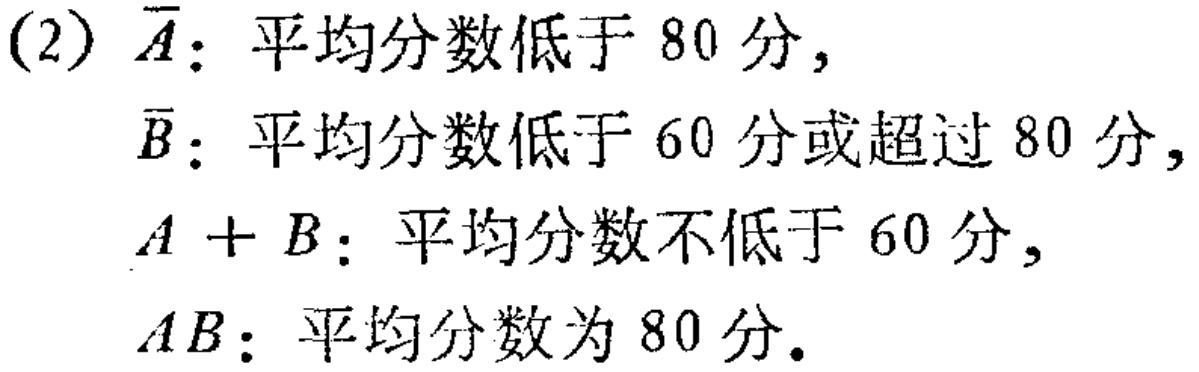
(2) $\overline{A}$：平均分数低于 80 分,

$\overline{B}$：平均分数低于 60 分或超过 80 分,

$A + B$：平均分数不低于 60 分,

$AB$：平均分数为 80 分.